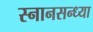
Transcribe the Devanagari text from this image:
स्नानसन्ध्या